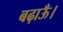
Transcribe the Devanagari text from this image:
बढ़ाऊँ।